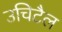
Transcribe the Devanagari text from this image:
उचिटैल